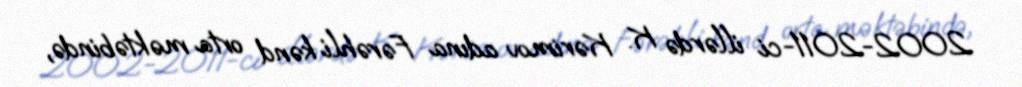
2002-2011-ci illərdə K. Kərimov adına Fərəhli kənd orta məktəbində,